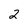
Character: 2